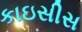
કાઇસીસ